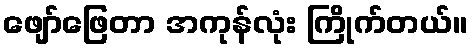
ဖျော်ဖြေတာ အကုန်လုံး ကြိုက်တယ်။